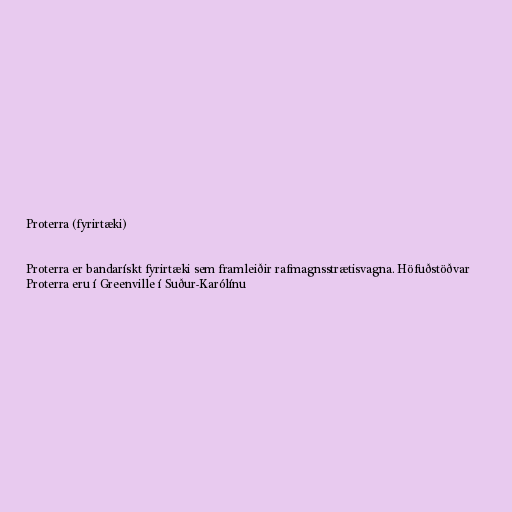
Proterra (fyrirtæki)

Proterra er bandarískt fyrirtæki sem framleiðir rafmagnsstrætisvagna. Höfuðstöðvar
Proterra eru í Greenville í Suður-Karólínu